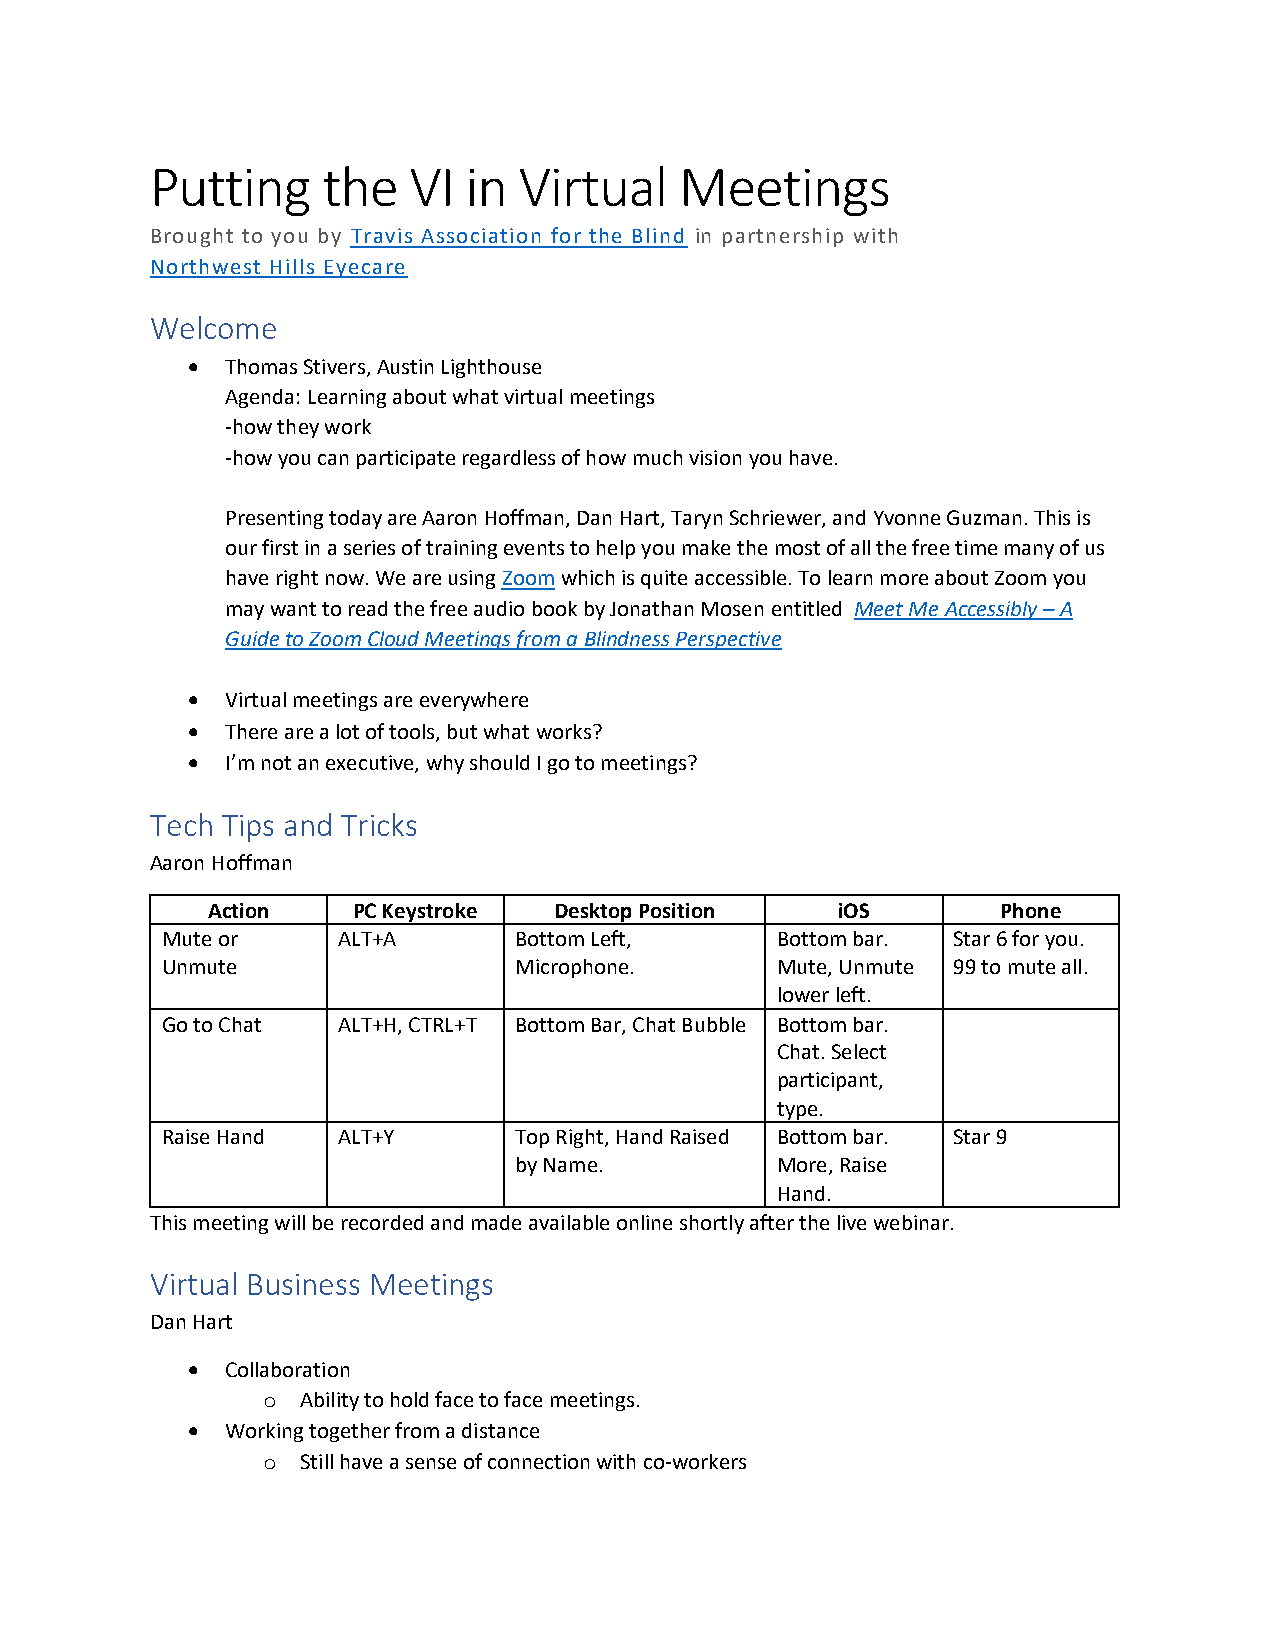
Putting    the   VI  in Virtual    Meetings
 Brought to you by Travis Association for the Blind in partnership with
 Northwest Hills Eyecare
 Welcome
 •  Thomas Stivers, Austin Lighthouse
 Agenda: Learning about what virtual meetings
 -how they work
 -how you can participate regardless of how much vision you have.
 Presenting today are Aaron Hoffman, Dan Hart, Taryn Schriewer, and Yvonne Guzman. This is
 our first in a series of training events to help you make the most of all the free time many of us
 have right now. We are using Zoom which is quite accessible. To learn more about Zoom you
 may want to read the free audio book by Jonathan Mosen entitled Meet Me Accessibly – A
 Guide to Zoom Cloud Meetings from a Blindness Perspective
 •  Virtual meetings are everywhere
 •  There are a lot of tools, but what works?
 •  I’m not an executive, why should I go to meetings?
 Tech Tips and Tricks
 Aaron Hoffman
 Action   PC Keystroke  Desktop Position  iOS        Phone
 Mute or    ALT+A       Bottom Left,     Bottom bar. Star 6 for you.
 Unmute                 Microphone.      Mute, Unmute 99 to mute all.
 lower left.
 Go to Chat ALT+H, CTRL+T Bottom Bar, Chat Bubble Bottom bar.
 Chat. Select
 participant,
 type.
 Raise Hand ALT+Y       Top Right, Hand Raised Bottom bar. Star 9
 by Name.         More, Raise
 Hand.
 This meeting will be recorded and made available online shortly after the live webinar.
 Virtual Business Meetings
 Dan Hart
 •  Collaboration
 o  Ability to hold face to face meetings.
 •  Working together from a distance
 o  Still have a sense of connection with co-workers